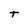
Character: t